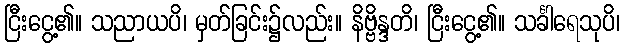
ငြီးငွေ့၏။ သညာယပိ၊ မှတ်ခြင်း၌လည်း။ နိဗ္ဗိန္ဒတိ၊ ငြီးငွေ့၏။ သင်္ခါရေသုပိ၊